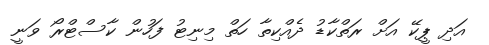
އަދި ޕީކޭ އަށް ރަތްކާޑު ދެއްކިތާ ހަތް މިނިޓު ފަހުން ކާސްޓްރޯ ވަނީ